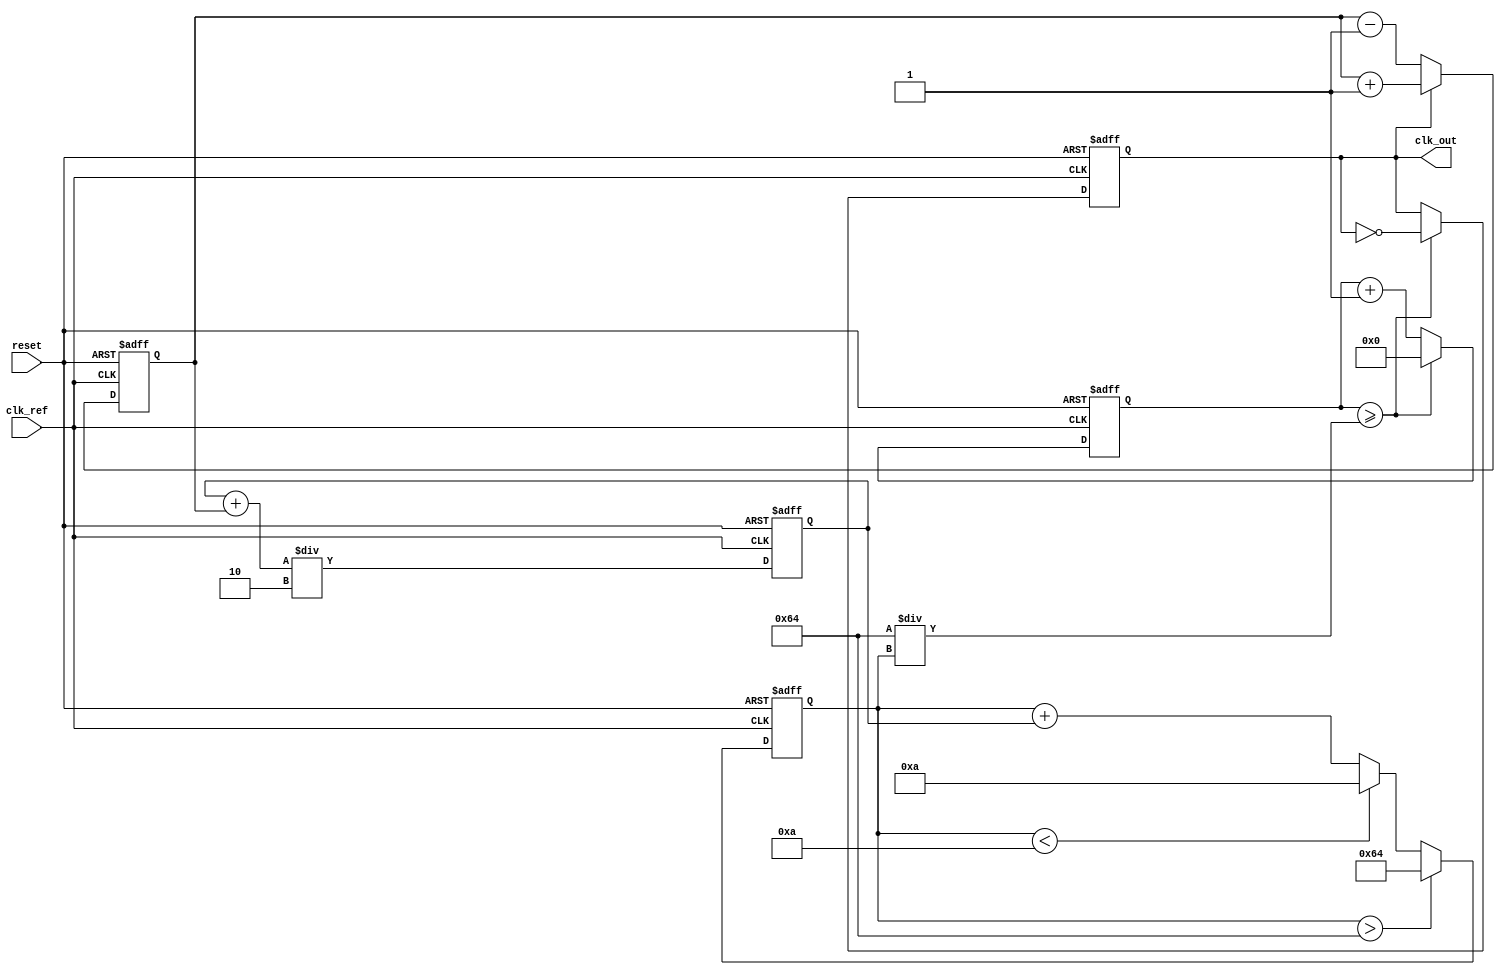
module PLL (
    input wire clk_ref,          // Reference clock input
    input wire reset,            // Asynchronous reset
    output reg clk_out           // Output clock
);

// Parameters for the PLL
parameter integer VCO_MAX_FREQ = 100; // Max VCO frequency
parameter integer VCO_MIN_FREQ = 10;   // Min VCO frequency
parameter integer LOOP_GAIN = 1;        // Loop gain for the phase detector
parameter integer FILTER_COEF = 2;      // Filter coefficient for loop filter

// Internal signals
reg [31:0] phase_error;                // Phase error signal
reg [31:0] filtered_error;             // Filtered error signal
reg [31:0] vco_freq;                   // VCO frequency
reg [31:0] counter;                    // Frequency divider counter

// Phase Detector (PD)
always @(posedge clk_ref or posedge reset) begin
    if (reset) begin
        phase_error <= 0;
    end else begin
        // Simple phase detector logic
        // Assuming clk_out is the feedback clock
        if (clk_out) begin
            phase_error <= phase_error + LOOP_GAIN; // Increase error if out of phase
        end else begin
            phase_error <= phase_error - LOOP_GAIN; // Decrease error if in phase
        end
    end
end

// Loop Filter (2nd Order)
always @(posedge clk_ref or posedge reset) begin
    if (reset) begin
        filtered_error <= 0;
    end else begin
        // Simple 2nd order filter implementation
        filtered_error <= (filtered_error + phase_error) / FILTER_COEF;
    end
end

// Voltage-Controlled Oscillator (VCO)
always @(posedge clk_ref or posedge reset) begin
    if (reset) begin
        vco_freq <= VCO_MIN_FREQ; // Start at minimum frequency
    end else begin
        // Adjust VCO frequency based on filtered error
        vco_freq <= vco_freq + filtered_error;
        if (vco_freq > VCO_MAX_FREQ) begin
            vco_freq <= VCO_MAX_FREQ; // Limit to max frequency
        end else if (vco_freq < VCO_MIN_FREQ) begin
            vco_freq <= VCO_MIN_FREQ; // Limit to min frequency
        end
    end
end

// Output Divider (feedback path)
always @(posedge clk_ref or posedge reset) begin
    if (reset) begin
        counter <= 0;
        clk_out <= 0;
    end else begin
        // Simple frequency divider for output clock
        counter <= counter + 1;
        if (counter >= (VCO_MAX_FREQ / vco_freq)) begin
            clk_out <= ~clk_out; // Toggle output clock
            counter <= 0; // Reset counter
        end
    end
end

endmodule